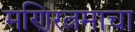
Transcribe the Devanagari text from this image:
मणिरत्नमाचा